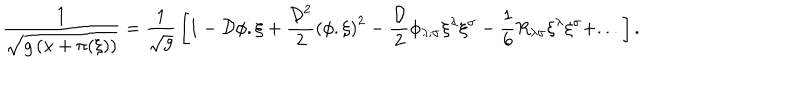
{ \frac { 1 } { \sqrt { g \left( x + \pi ( \xi ) \right) } } } = { \frac { 1 } { \sqrt g } } \left[ 1 - { \cal D } \phi . \xi + { \frac { { \cal D } ^ { 2 } } { 2 } } \left( \phi . \xi \right) ^ { 2 } - { \frac { \cal D } { 2 } } \phi _ { \lambda ; \sigma } \xi ^ { \lambda } \xi ^ { \sigma } - { \frac { 1 } { 6 } } R _ { \lambda \sigma } \xi ^ { \lambda } \xi ^ { \sigma } + . . . \right] .